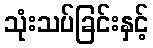
သုံးသပ်ခြင်းနှင့်